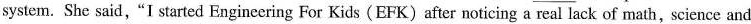
system. She said,"I started Engineering For Kids (EFK) after noticing a real lack of math,science and